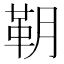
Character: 䩗